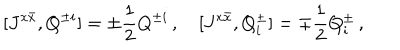
LaTeX: [ J ^ { x \bar { x } } , Q ^ { \pm i } ] = \pm \frac { 1 } { 2 } Q ^ { \pm i } \, , \quad [ J ^ { x \bar { x } } , Q _ { i } ^ { \pm } ] = \mp \frac { 1 } { 2 } Q _ { i } ^ { \pm } \, ,